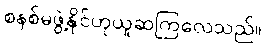
စနစ်မဖွဲ့နိုင်ဟုယူဆကြလေသည်။